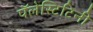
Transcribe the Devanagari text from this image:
पॅलेस्टिटिनी